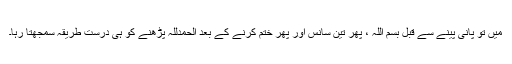
میں تو پانی پینے سے قبل بسم اللہ ، پھر تین سانس اور پھر ختم کرنے کے بعد الحمدللہ پڑھنے کو ہی درست طریقہ سمجھتا رہا۔